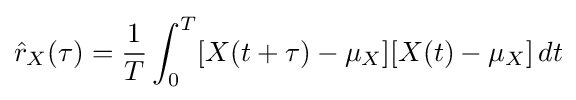
{\hat {r}}_{X}(\tau )={\frac {1}{T}}\int _{0}^{T}[X(t+\tau )-\mu _{X}][X(t)-\mu _{X}]\,dt